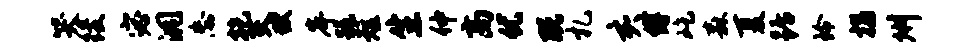
哭後宓洞忘乾灭狱岸跪短生仲高优既札亥缚屹森夏踞玲揣州